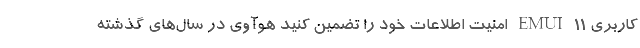
کاربری EMUI 11 امنیت اطلاعات خود را تضمین کنید هوآوی در سال‌های گذشته